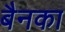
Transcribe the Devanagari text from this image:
बैनका